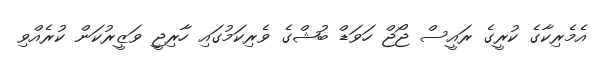
އެމެރިކާގެ ކުރީގެ ރައީސް ޖޯޖް ހަވަޑް ބުޝްގެ ވެރިކަމުގައި ހާރިޖީ ވަޒީރުކަން ކުރެއްވި